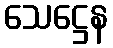
သေဋ္ဌေန